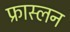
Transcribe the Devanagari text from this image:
फ्रास्लन